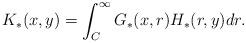
LaTeX: \begin{align*} K_*(x, y) = \int^{\infty}_C G_*(x, r) H_*(r, y) dr.\end{align*}